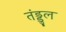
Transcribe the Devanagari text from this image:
तंड्डुल